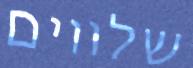
שלווים